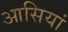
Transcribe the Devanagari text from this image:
आसियां